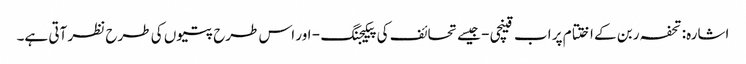
اشارہ: تحفہ ربن کے اختتام پر اب قینچی - جیسے تحائف کی پیکیجنگ - اور اس طرح پتیوں کی طرح نظر آتی ہے۔